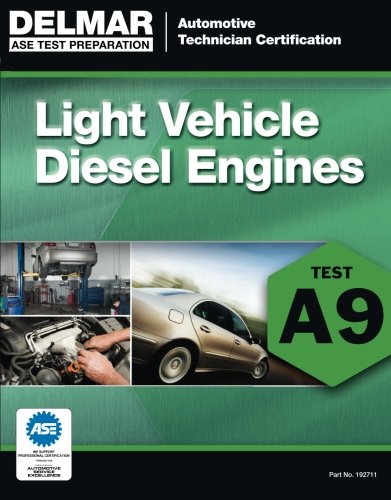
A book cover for ASE Test Preparation - A9 Light Vehicle Diesel Engines (ASE Test Prep: Automotive Technician Certification Manual); Delmar; Test Preparation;